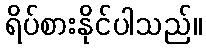
ရိပ်စားနိုင်ပါသည်။